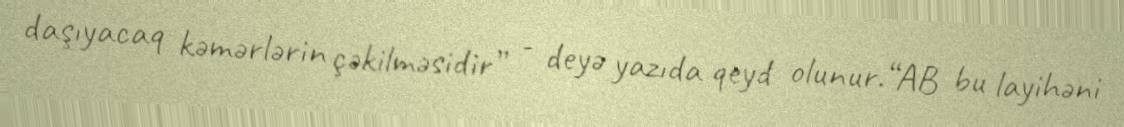
daşıyacaq kəmərlərin çəkilməsidir” - deyə yazıda qeyd olunur.“AB bu layihəni